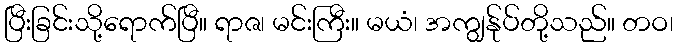
ပြီးခြင်းသို့ရောက်ပြီ။ ရာဇ၊ မင်းကြီး။ မယံ၊ အကျွန်ုပ်တို့သည်။ တဝ၊